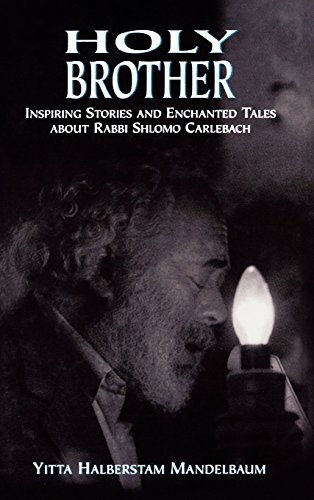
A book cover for Holy Brother: Inspiring Stories and Enchanted Tales about Rabbi Shlomo Carlebach; Yitta Halberstam Mandelbaum; Religion & Spirituality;